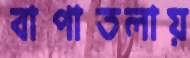
বাপাতলায়